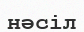
нәсіл